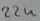
Text: 22u